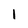
Character: 1